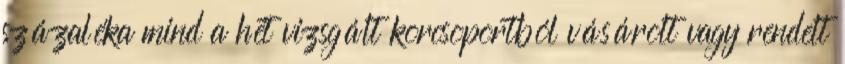
százaléka mind a hét vizsgált korcsoportból vásárolt vagy rendelt